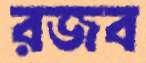
রজব